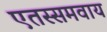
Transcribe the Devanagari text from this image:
एतस्समवाय